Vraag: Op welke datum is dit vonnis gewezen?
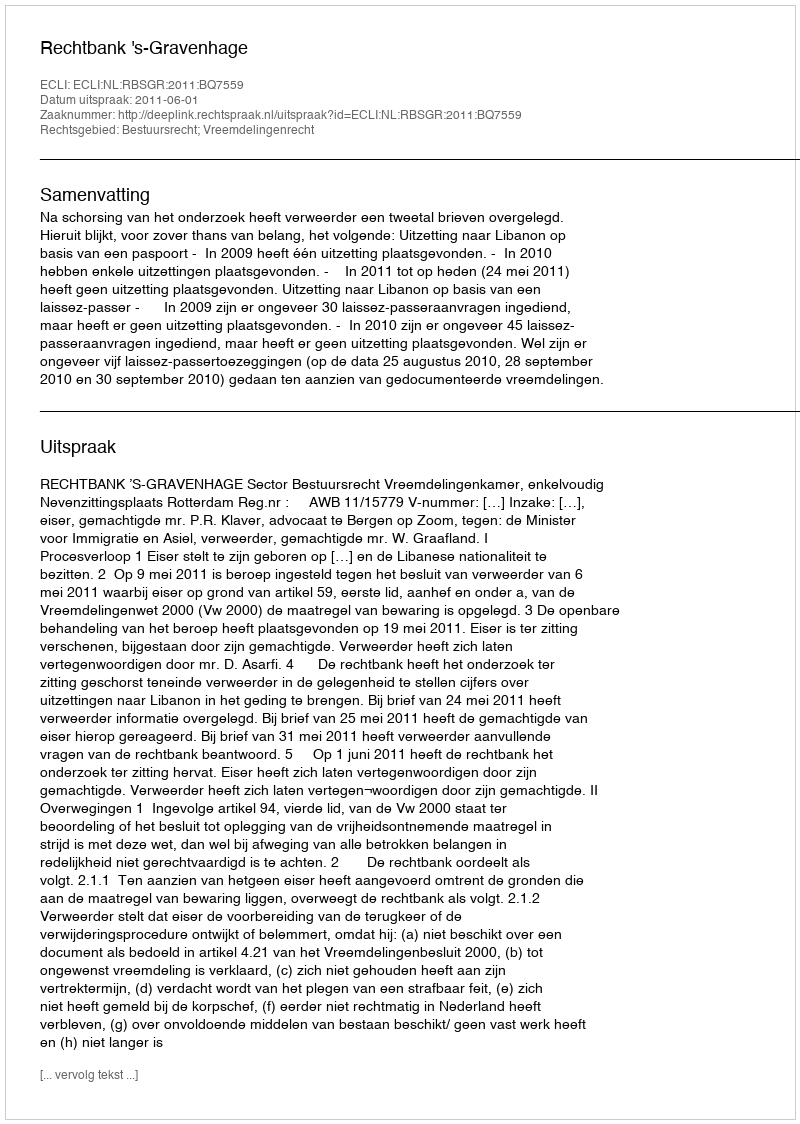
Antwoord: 2011-06-01